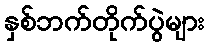
နှစ်ဘက်တိုက်ပွဲများ